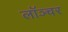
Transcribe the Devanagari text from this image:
लॉञ्चर